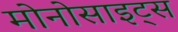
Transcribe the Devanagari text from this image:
मोनोसाइट्स